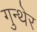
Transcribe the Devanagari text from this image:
गुन्थेर